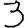
Digit: 3